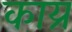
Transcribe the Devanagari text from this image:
काय्र